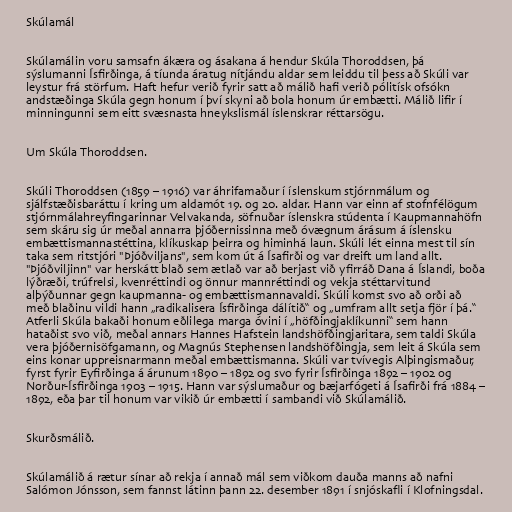
Skúlamál

Skúlamálin voru samsafn ákæra og ásakana á hendur Skúla Thoroddsen, þá
sýslumanni Ísfirðinga, á tíunda áratug nítjándu aldar sem leiddu til þess að Skúli var
leystur frá störfum. Haft hefur verið fyrir satt að málið hafi verið pólitísk ofsókn
andstæðinga Skúla gegn honum í því skyni að bola honum úr embætti. Málið lifir í
minningunni sem eitt svæsnasta hneykslismál íslenskrar réttarsögu.

Um Skúla Thoroddsen.

Skúli Thoroddsen (1859 – 1916) var áhrifamaður í íslenskum stjórnmálum og
sjálfstæðisbaráttu í kring um aldamót 19. og 20. aldar. Hann var einn af stofnfélögum
stjórnmálahreyfingarinnar Velvakanda, söfnuðar íslenskra stúdenta í Kaupmannahöfn
sem skáru sig úr meðal annarra þjóðernissinna með óvægnum árásum á íslensku
embættismannastéttina, klíkuskap þeirra og himinhá laun. Skúli lét einna mest til sín
taka sem ritstjóri "Þjóðviljans", sem kom út á Ísafirði og var dreift um land allt.
"Þjóðviljinn" var herskátt blað sem ætlað var að berjast við yfirráð Dana á Íslandi, boða
lýðræði, trúfrelsi, kvenréttindi og önnur mannréttindi og vekja stéttarvitund
alþýðunnar gegn kaupmanna- og embættismannavaldi. Skúli komst svo að orði að
með blaðinu vildi hann „radikalisera Ísfirðinga dálítið“ og „umfram allt setja fjör í þá.“
Atferli Skúla bakaði honum eðlilega marga óvini í „höfðingjaklíkunni“ sem hann
hataðist svo við, meðal annars Hannes Hafstein landshöfðingjaritara, sem taldi Skúla
vera þjóðernisöfgamann, og Magnús Stephensen landshöfðingja, sem leit á Skúla sem
eins konar uppreisnarmann meðal embættismanna. Skúli var tvívegis Alþingismaður,
fyrst fyrir Eyfirðinga á árunum 1890 – 1892 og svo fyrir Ísfirðinga 1892 – 1902 og
Norður-Ísfirðinga 1903 – 1915. Hann var sýslumaður og bæjarfógeti á Ísafirði frá 1884 –
1892, eða þar til honum var vikið úr embætti í sambandi við Skúlamálið.

Skurðsmálið.

Skúlamálið á rætur sínar að rekja í annað mál sem viðkom dauða manns að nafni
Salómon Jónsson, sem fannst látinn þann 22. desember 1891 í snjóskafli í Klofningsdal.